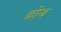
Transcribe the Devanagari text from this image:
ब्रोथ